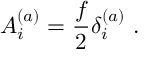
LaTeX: A _ { i } ^ { ( a ) } = \frac { f } { 2 } \delta _ { i } ^ { ( a ) } ~ .